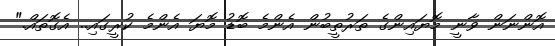
އޮންނަން ވާނީ މޮޔައިންގެ ތަރުތީބުން އެންމެ ބޮޑު މޮޔަ އެންމެ ކުރީގައި.. އެގޮތައް."